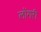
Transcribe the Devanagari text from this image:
लोंगरी